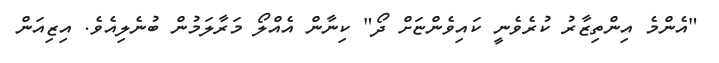
"އެންމެ އިންތިޒާރު ކުރެވެނީ ކައިވެންޏަށް ދޯ" ކިނާން އެއްލޯ މަރާލަމުން ބުނެލިއެވެ. އިޒިއަން